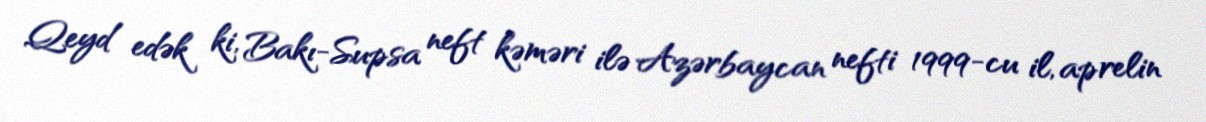
Qeyd edək ki, Bakı-Supsa neft kəməri ilə Azərbaycan nefti 1999-cu il, aprelin